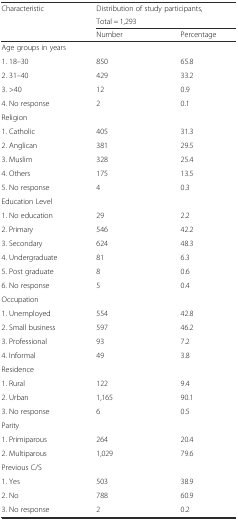
| <ROWSPAN=2> Characteristic | <COLSPAN=2> Distribution of study participants, |
 | <COLSPAN=2> Total = 1,293 |
 |  | Number | Percentage |
 | --- | --- | --- |
 | <COLSPAN=3> Age groups in years |
 | 1. 18–30 | 850 | 65.8 |
 | 2. 31–40 | 429 | 33.2 |
 | 3. >40 | 12 | 0.9 |
 | 4. No response | 2 | 0.1 |
 | <COLSPAN=3> Religion |
 | 1. Catholic | 405 | 31.3 |
 | 2. Anglican | 381 | 29.5 |
 | 3. Muslim | 328 | 25.4 |
 | 4. Others | 175 | 13.5 |
 | 5. No response | 4 | 0.3 |
 | <COLSPAN=3> Education Level |
 | 1. No education | 29 | 2.2 |
 | 2. Primary | 546 | 42.2 |
 | 3. Secondary | 624 | 48.3 |
 | 4. Undergraduate | 81 | 6.3 |
 | 5. Post graduate | 8 | 0.6 |
 | 6. No response | 5 | 0.4 |
 | <COLSPAN=3> Occupation |
 | 1. Unemployed | 554 | 42.8 |
 | 2. Small business | 597 | 46.2 |
 | 3. Professional | 93 | 7.2 |
 | 4. Informal | 49 | 3.8 |
 | <COLSPAN=3> Residence |
 | 1. Rural | 122 | 9.4 |
 | 2. Urban | 1,165 | 90.1 |
 | 3. No response | 6 | 0.5 |
 | <COLSPAN=3> Parity |
 | 1. Primiparous | 264 | 20.4 |
 | 2. Multiparous | 1,029 | 79.6 |
 | <COLSPAN=3> Previous C/S |
 | 1. Yes | 503 | 38.9 |
 | 2. No | 788 | 60.9 |
 | 3. No response | 2 | 0.2 |